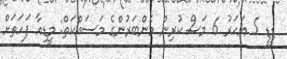
ޑީޑީ 5 އަހަރު 6 މަސް ކުރިން މެންބަރުންގެ މަސައްކަތް: މީޑިއާ ފަހަތަށް